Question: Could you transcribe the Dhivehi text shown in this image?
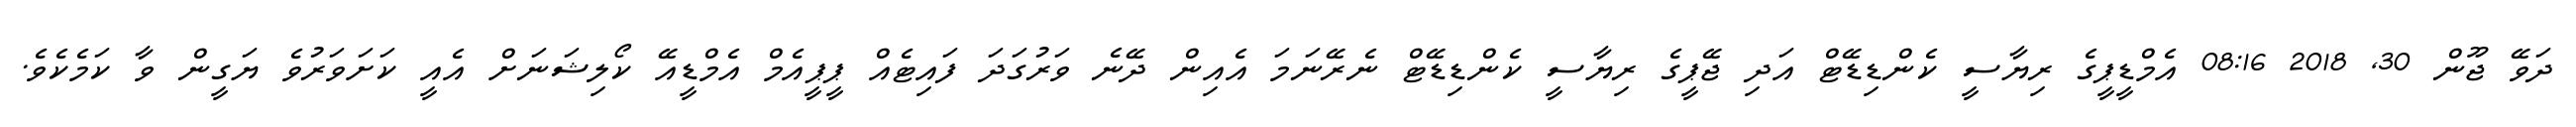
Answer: ދަވޭ ޖޫން 30, 2018 08:16 އެމްޑީޕީގެ ރިޔާސީ ކެންޑިޑޭޓް އަދި ޖޭޕީގެ ރިޔާސީ ކެންޑިޑޭޓް ނެރޭނަމަ އެއިން ދޭނެ ވަރުގަދަ ފައިޓެއް ޕީޕީއެމް އެމްޑީއޭ ކޯލިޝަނަށް އެއީ ކަށަވަރުވެ ޔަގީން ވާ ކަމެކެވެ.